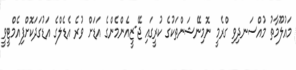
މައުލޫމާތު މުއްސަނދިވި ގްރެމީ ނޮމިނޭޝަންތަކުގެ ކުރީގައި ޖޭ-ޒީއެންމެންގެ އަޑަށް ވުރެ އެޑެލްގެ އަޑުގަދަކޮށްފިއެމްޓީވީ